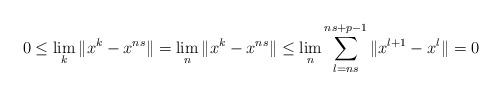
LaTeX: \begin{align*}0\leq \lim_{k}\Vert x^{k}-x^{ns}\Vert =\lim_{n}\Vert x^{k}-x^{ns}\Vert \leq\lim_{n}\sum_{l=ns}^{ns+p-1}\Vert x^{l+1}-x^{l}\Vert =0\end{align*}